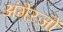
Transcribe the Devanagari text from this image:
अंगे्रजों